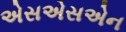
એસએસએન